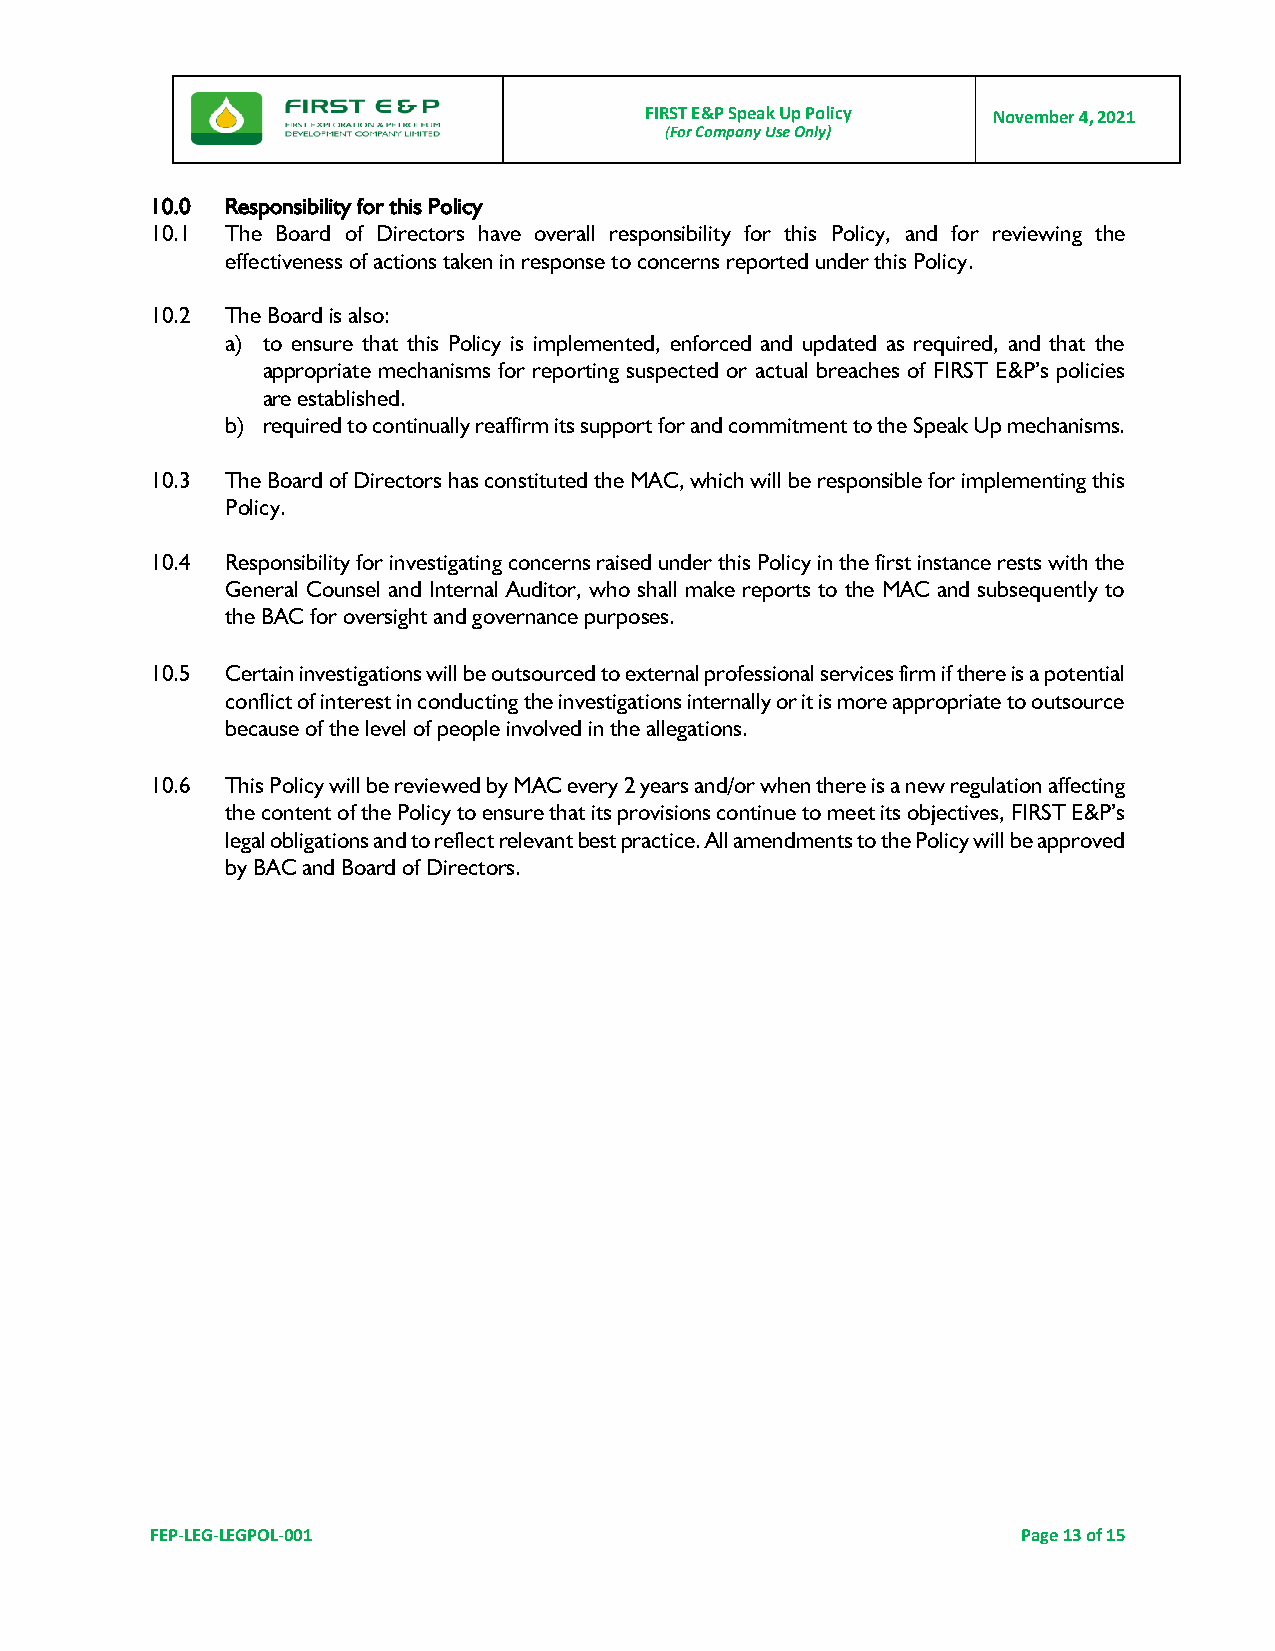
FIRST E&P Speak Up Policy November 4, 2021
 (For Company Use Only)
 10.0 Responsibility for this Policy
 10.1 The Board of Directors have overall responsibility for this Policy, and for reviewing the
 effectiveness of actions taken in response to concerns reported under this Policy.
 10.2 The Board is also:
 a) to ensure that this Policy is implemented, enforced and updated as required, and that the
 appropriate mechanisms for reporting suspected or actual breaches of FIRST E&P’s policies
 are established.
 b) required to continually reaffirm its support for and commitment to the Speak Up mechanisms.
 10.3 The Board of Directors has constituted the MAC, which will be responsible for implementing this
 Policy.
 10.4 Responsibility for investigating concerns raised under this Policy in the first instance rests with the
 General Counsel and Internal Auditor, who shall make reports to the MAC and subsequently to
 the BAC for oversight and governance purposes.
 10.5 Certain investigations will be outsourced to external professional services firm if there is a potential
 conflict of interest in conducting the investigations internally or it is more appropriate to outsource
 because of the level of people involved in the allegations.
 10.6 This Policy will be reviewed by MAC every 2 years and/or when there is a new regulation affecting
 the content of the Policy to ensure that its provisions continue to meet its objectives, FIRST E&P’s
 legal obligations and to reflect relevant best practice. All amendments to the Policy will be approved
 by BAC and Board of Directors.
 FEP-LEG-LEGPOL-001                                        Page 13 of 15